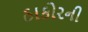
ઠાકોરની